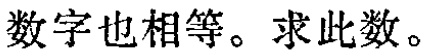
数字也相等。求此数。